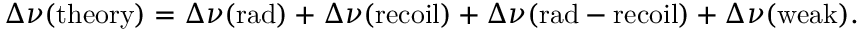
\Delta \nu ( \mathrm { t h e o r y } ) = \Delta \nu ( \mathrm { r a d } ) + \Delta \nu ( \mathrm { r e c o i l } ) + \Delta \nu ( \mathrm { r a d - r e c o i l } ) + \Delta \nu ( \mathrm { w e a k } ) .